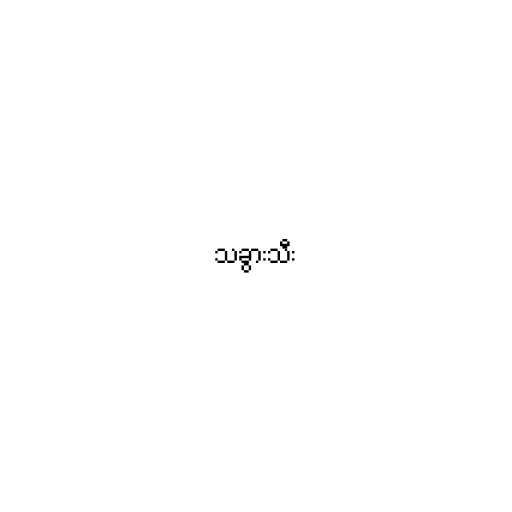
သခွားသီး